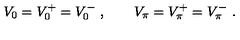
V _ { 0 } = V _ { 0 } ^ { + } = V _ { 0 } ^ { - } \ , \qquad V _ { \pi } = V _ { \pi } ^ { + } = V _ { \pi } ^ { - } \ .